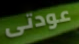
عودتى